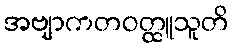
အဗျာကတဝတ္ထူသူတိ